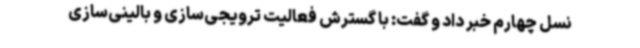
نسل چهارم خبر داد و گفت: با گسترش فعالیت ترویجی‌سازی و بالینی‌سازی